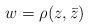
LaTeX: \begin{align*}w = \rho(z,\bar{z})\end{align*}